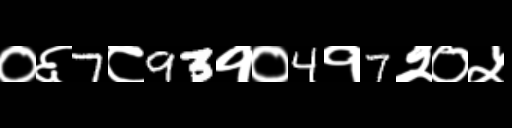
Text: ०६7८93१०4१7२०५